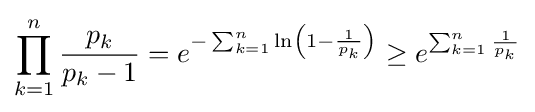
\prod _{k=1}^{n}{\frac {p_{k}}{p_{k}-1}}=e^{-\sum _{k=1}^{n}\ln \left(1-{\frac {1}{p_{k}}}\right)}\geq e^{\sum _{k=1}^{n}{\frac {1}{p_{k}}}}